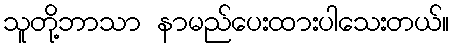
သူတို့ဘာသာ နာမည်ပေးထားပါသေးတယ်။